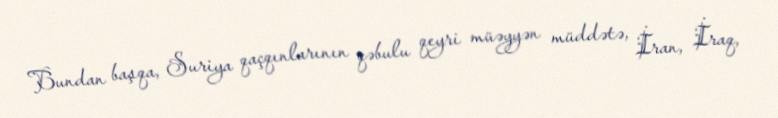
Bundan başqa, Suriya qaçqınlarının qəbulu qeyri müəyyən müddətə, İran, İraq,